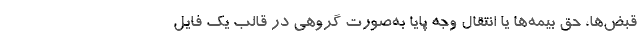
قبض‌ها، حق بیمه‌ها یا انتقال وجه پایا به‌صورت گروهی در قالب یک فایل